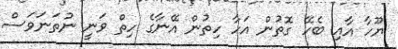
ޔޫހާ އާއި ބެހޭ ގޮތުން އަހާ ހިތުން އޭނާގެ ހިތް ވަނީ ނުތަނަވަސް